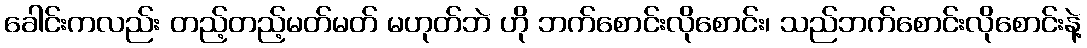
ခေါင်းကလည်း တည့်တည့်မတ်မတ် မဟုတ်ဘဲ ဟို ဘက်စောင်းလိုစောင်း၊ သည်ဘက်စောင်းလိုစောင်းနဲ့